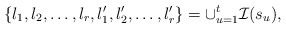
\begin{align*}\{l_1,l_2,\dots,l_r,l_1',l_2',\dots,l_r'\} = \cup_{u=1}^t \mathcal I(s_u),\end{align*}